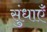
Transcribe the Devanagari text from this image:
सुंधाएँ